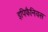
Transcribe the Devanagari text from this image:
इपिफैनियस